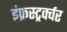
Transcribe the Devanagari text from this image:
इंफ्रस्ट्रर्क्चर